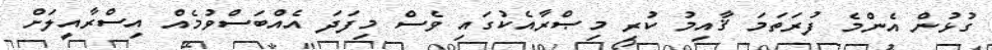
ގުޅުން އެންމެ ފުރަތަމަ ޤާއިމު ކުރި މިޞްރާއެކުގައި ވެސް މިފަދަ އެއްބަސްވުމެއް އިސްރާއީލަށް